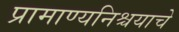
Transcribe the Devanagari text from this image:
प्रामाण्यनिश्चयाचे